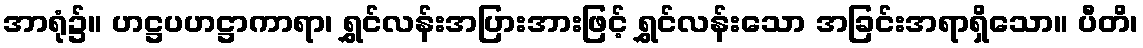
အာရုံ၌။ ဟဋ္ဌပဟဋ္ဌာကာရာ၊ ရွှင်လန်းအပြားအားဖြင့် ရွှင်လန်းသော အခြင်းအရာရှိသော။ ပီတိ၊